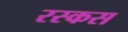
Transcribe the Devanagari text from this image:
रस्कस